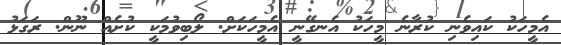
އެމީހަކު ކައިވެނި ކުރާނެ މީހަކު އެނގޭނީ އެމީހަކަށް. ލޯބިވުމަކީ ކުށެއް ނޫން. ރަގަޅު